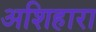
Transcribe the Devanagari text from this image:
अशिहारा